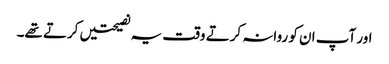
اور آپ ان کو روانہ کرتے وقت یہ نصیحتیں کرتے تھے۔